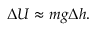
\Delta U \approx m g \Delta h .